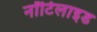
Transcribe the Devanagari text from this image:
नॉटिलाइड